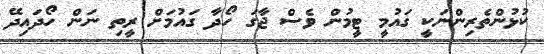
ކުޅުންތެރިންނަކީ ގައުމީ ޓީމުން ވެސް ޖާގަ ހޯދާ ގައުމަށް ރީތި ނަން ހޯދައިދޭ